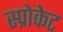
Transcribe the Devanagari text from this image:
स्प्रोकेट